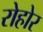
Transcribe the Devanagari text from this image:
रोहोर